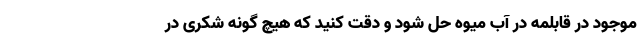
موجود در قابلمه در آب میوه حل شود و دقت کنید که هیچ گونه شکری در